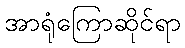
အာရုံကြောဆိုင်ရာ